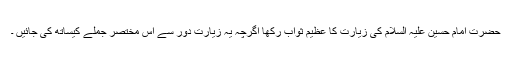
حضرت امام حسین علیہ السلام کی زیارت کا عظیم ثواب رکھا اگرچہ یہ زیارت دور سے اس مختصر جملے کیساتھ کی جائیں ۔